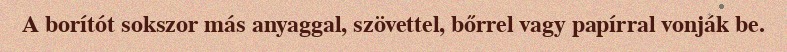
A borítót sokszor más anyaggal, szövettel, bőrrel vagy papírral vonják be.